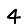
Digit: 4